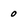
Character: 0